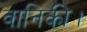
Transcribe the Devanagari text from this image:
वानिकी।